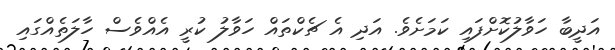
އަދީބާ ހަވާލުކޮށްފައި ކަމަށެވެ. އަދި އެ ޗެކްތައް ހަވާލު ކުރީ އެއްވެސް ހާލަތެއްގައި